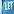
let